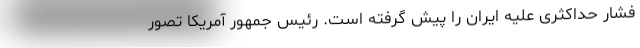
فشار حداکثری علیه ایران را پیش گرفته است. رئیس جمهور آمریکا تصور